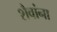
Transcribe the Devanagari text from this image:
शैवांना